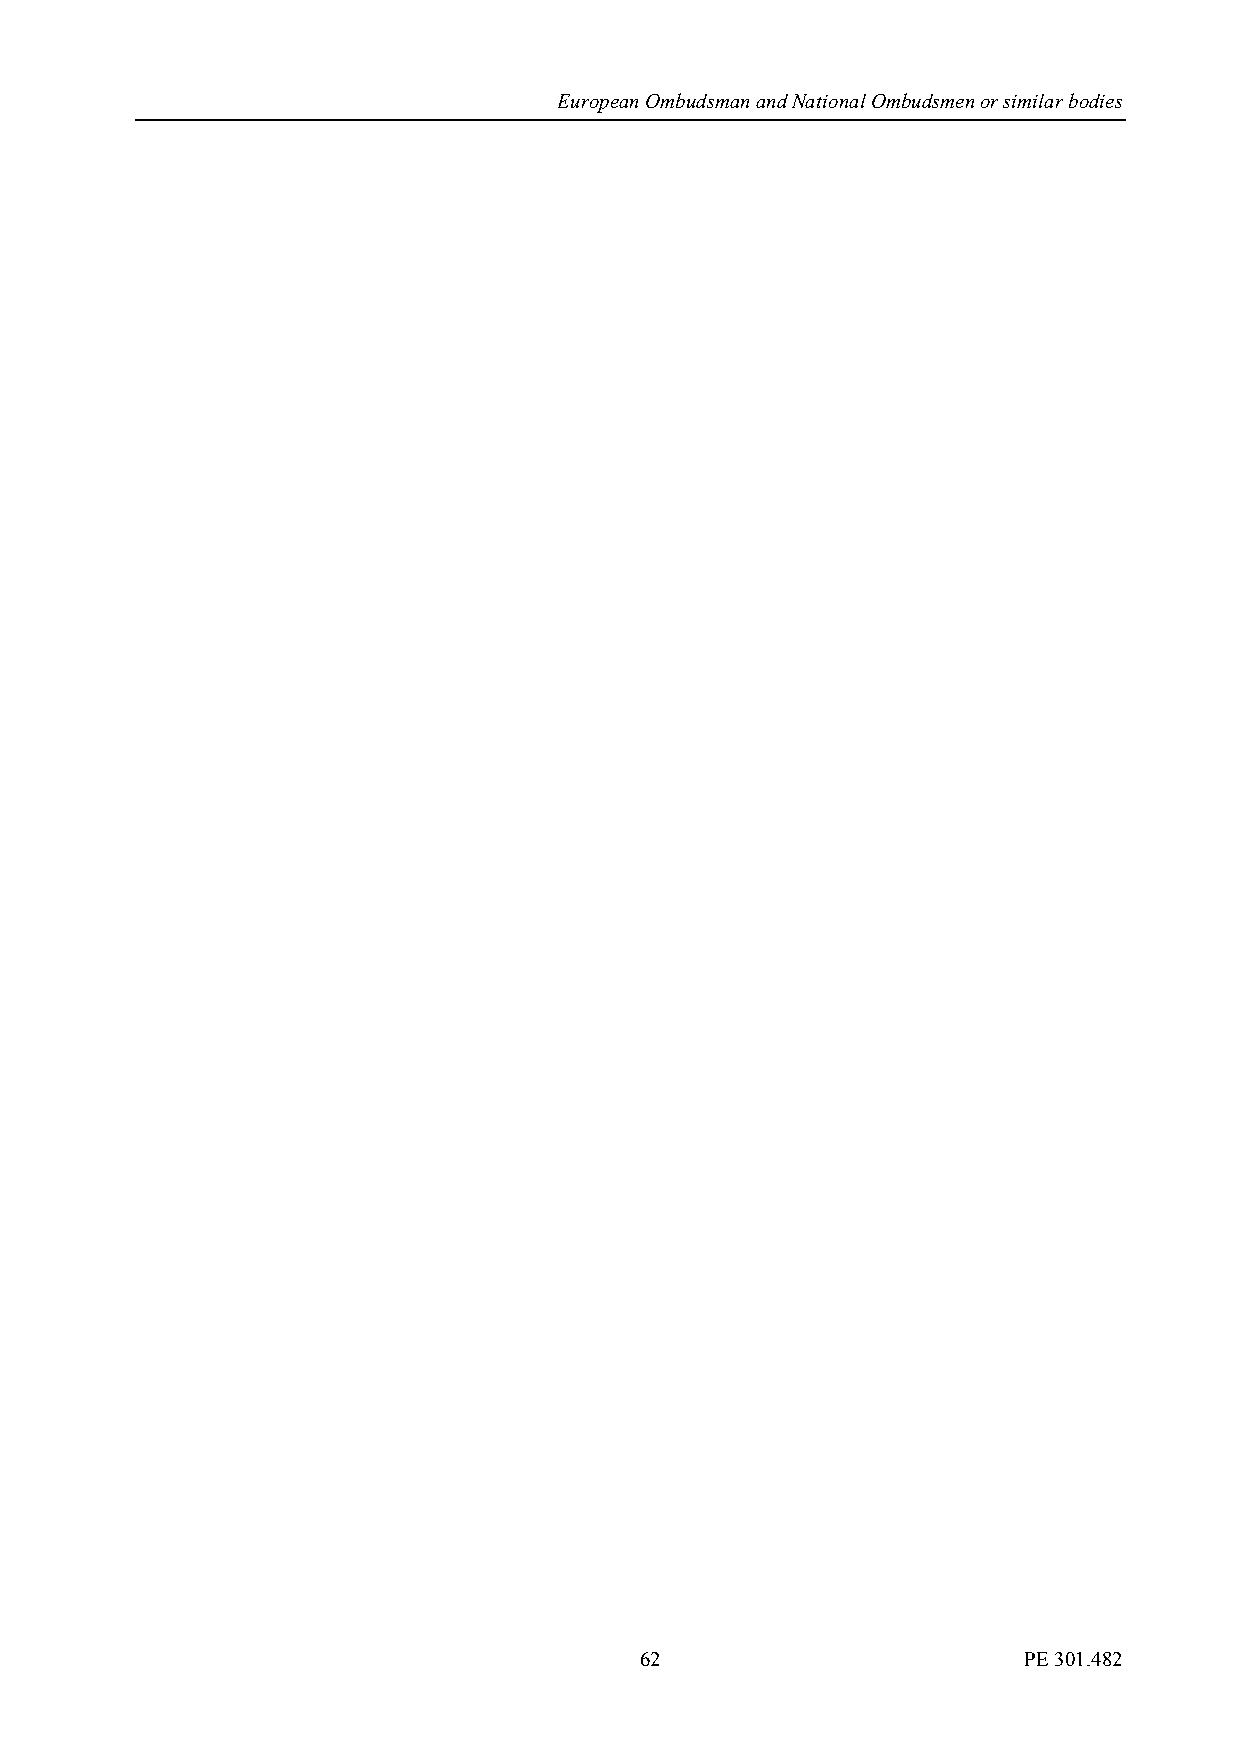
European Ombudsman and National Ombudsmen or similar bodies
 62                        PE 301.482